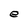
Character: e